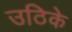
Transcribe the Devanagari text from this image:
उठिके